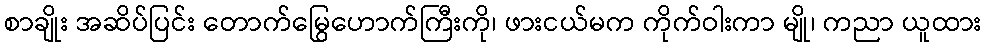
စာချိုး အဆိပ်ပြင်း တောက်မြွေဟောက်ကြီးကို၊ ဖားငယ်မက ကိုက်ဝါးကာ မျို၊ ကညာ ယူထား